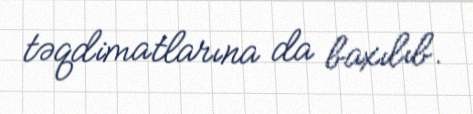
təqdimatlarına da baxılıb.